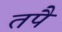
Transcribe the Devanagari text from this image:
तपै